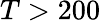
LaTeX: T>200